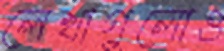
লেখাগুলোও